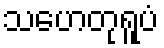
သဟေတုရူပံ